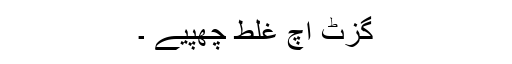
گزٹ اچ غلط چھپیے ۔